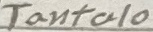
Text: Tantalo